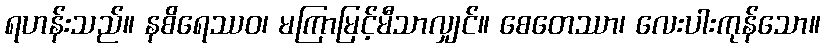
ရဟန်းသည်။ နစိရေဿဝ၊ မကြာမြင့်မီသာလျှင်။ စေတေဿာ၊ လေးပါးကုန်သော။